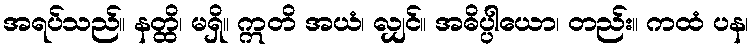
အရပ်သည်။ နတ္ထိ၊ မရှိ။ ဣတိ အယံ၊ လျှင်။ အဓိပ္ပါယော၊ တည်း။ ကထံ ပန၊